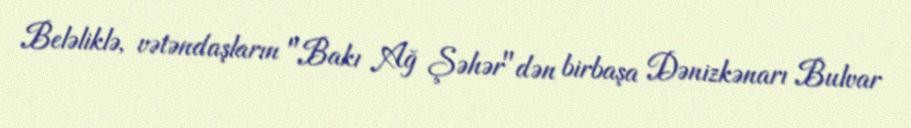
Beləliklə, vətəndaşların "Bakı Ağ Şəhər"dən birbaşa Dənizkənarı Bulvar